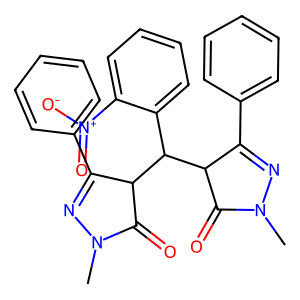
SMILES: CN1N=C(c2ccccc2)C(C(c2ccccc2[N+](=O)[O-])C2C(=O)N(C)N=C2c2ccccc2)C1=O
Inhibits HIV replication: No